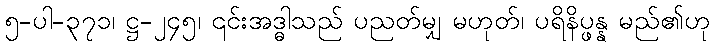
၅-ပါ-၃၇၁၊ ဋ္ဌ-၂၄၅၊ ၎င်းအဒ္ဓါသည် ပညတ်မျှ မဟုတ်၊ ပရိနိပ္ဖန္န မည်၏ဟု